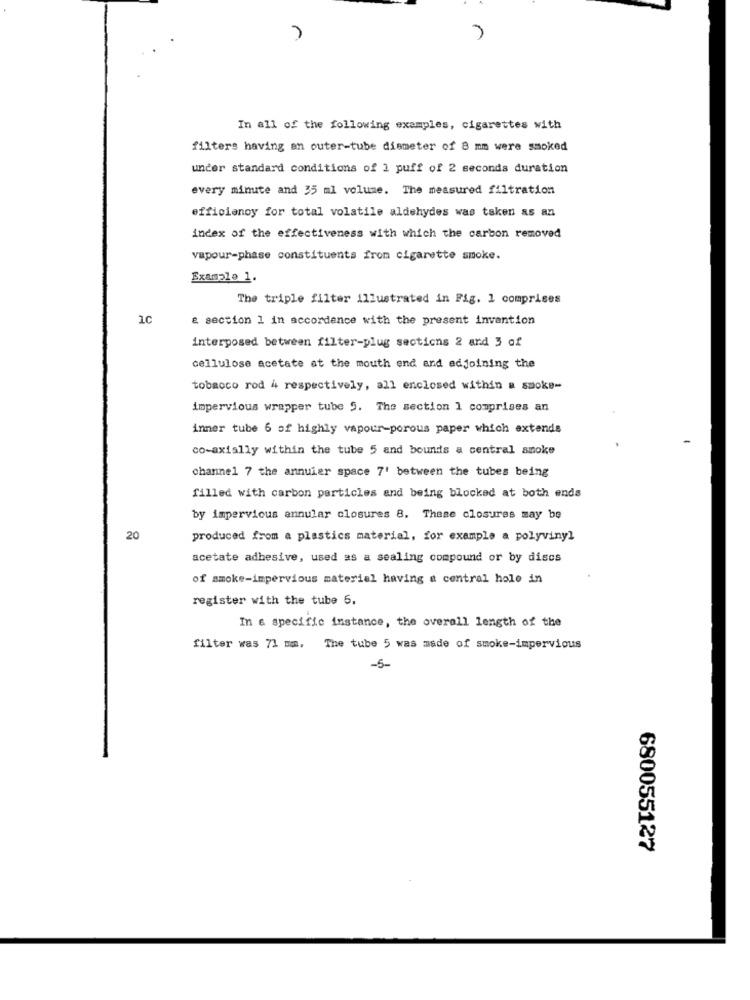
r
In all of the following examples, cigarettes with
filters having an outer-tube diameter of 8 mm were smoked
under standard conditions of 2 puff of 2 seconds duration
every minute and 35 ml volume. The measured filtration
efficiency for total volatile aldehydes was taken as an
index of the effectiveness with which the carbon removed
vapour-phase constituents from cigarette smoke.
Example 1.
The triple filter illustrated in Fig. 1 comprises
& section 1 in accordance with the present invention
interposed between filter-plug sections 2 and 3 of
cellulose acetate at the mouth end and adjoining the
tobacco rod 4 respectively, all enclosed within a smoke-
impervious wrapper tube 5. The section 1 comprises an
inner tube 6 of highly vapour-porous paper which extends
co-axially within the tube 5 and bounds a central smoke
channel 7 the annuier space 7' between the tubes being
filled with carbon particles and being blocked at both ends
by impervious annular closures 8. These closures may be
20
produced from a plastics material, for example a polyvinyl
acetate adhesive, used as a sealing compound or by discs
of smoke-impervious materiel having a central holo in
register with the tube 5.
In & specific instance, the overall length of the
filter was 71 mm, The tube 5 was made of smoke-impervious
-5-
680055127